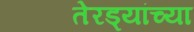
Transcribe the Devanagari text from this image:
तेरड्यांच्या